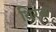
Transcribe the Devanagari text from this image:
थिरेक